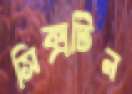
সিক্সটিন